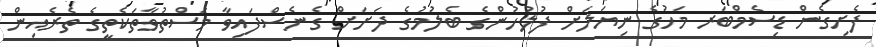
ފެށިގެން ޑިސެމްބަރ މަހުގެ ނިޔަލަށް ފުލުހުންގެ ބެލުމުގެ ދަށަށް ގެނެސްފައިވާ މަސްތުވާތަކެތީގެ ތެރެއިން